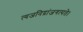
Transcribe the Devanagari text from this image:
त्यजनिद्रांजगत्पते।